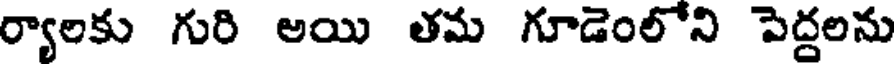
ర్యాలకు గురి అయి తమ గూడెంలోని పెద్దలను